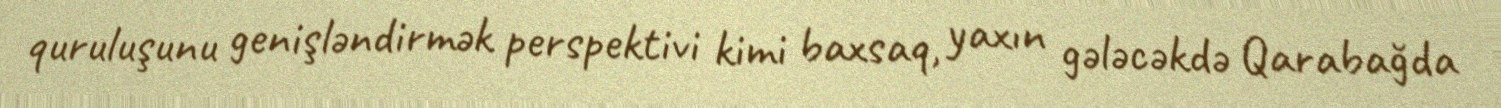
quruluşunu genişləndirmək perspektivi kimi baxsaq, yaxın gələcəkdə Qarabağda